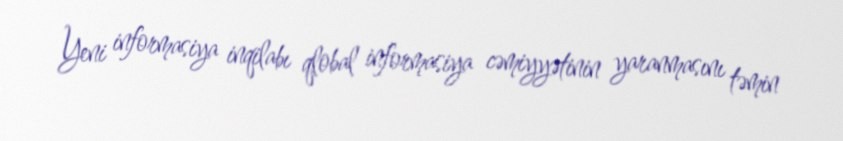
Yeni informasiya inqilabı qlobal informasiya cəmiyyətinin yaranmasını təmin